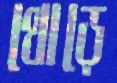
থোড়ে